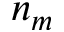
n _ { m }